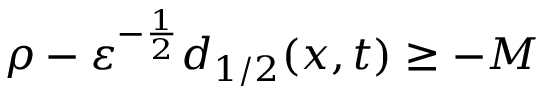
\rho - \ensuremath { \varepsilon } ^ { - \frac 1 2 } d _ { 1 / 2 } ( x , t ) \geq - M